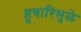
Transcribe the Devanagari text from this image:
हुषारिमुळे